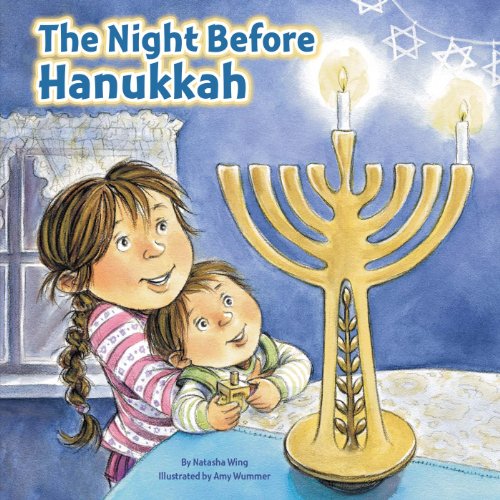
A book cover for The Night Before Hanukkah; Natasha Wing; Children's Books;